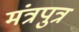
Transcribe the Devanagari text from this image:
मंत्रपुत्र